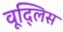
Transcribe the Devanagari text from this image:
वूद्लिस